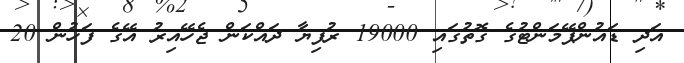
އަދި ޑައުންޕޭމަންޓުގެ ގޮތުގައި 19000 ރުފިޔާ ދައްކަން ޖެހޭއިރު އޭގެ ފަހުން 20